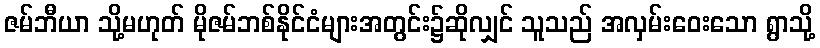
ဇမ်ဘီယာ သို့မဟုတ် မိုဇမ်ဘစ်နိုင်ငံများအတွင်း၌ဆိုလျှင် သူသည် အလှမ်းဝေးသော ရွာသို့